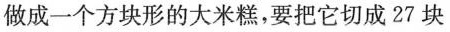
做成一个方块形的大米糕，要把它切成27块